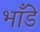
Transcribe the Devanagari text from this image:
भाँडे